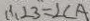
\therefore \angle 3 = \angle C A